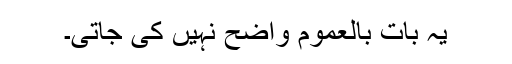
یہ بات بالعموم واضح نہیں کی جاتی۔